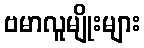
ဗမာလူမျိုးများ